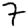
Digit: 7